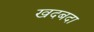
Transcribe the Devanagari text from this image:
खदबदा